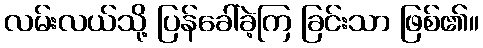
လမ်းလယ်သို့ ပြန်ခေါ်ခဲ့ကြ ခြင်းသာ ဖြစ်၏။